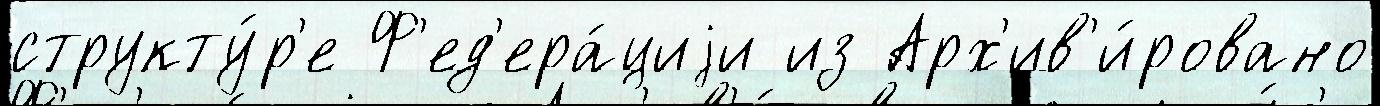
структу́р'е Ф'ед'ера́циjи из Арх'ив'и́ровано